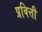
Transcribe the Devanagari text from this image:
प्रवित्ती